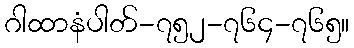
ဂါထာနံပါတ်-၇၅၂-၇၆၄-၇၆၅။